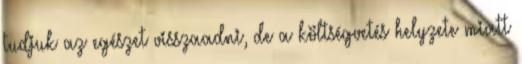
tudjuk az egészet visszaadni, de a költségvetés helyzete miatt